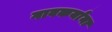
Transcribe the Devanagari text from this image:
गावकर्यांना